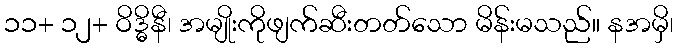
၁၁+ ၁၂+ ဝိဒ္ဓိနီ၊ အမျိုးကိုဖျက်ဆီးတတ်သော မိန်းမသည်။ နအမှိ၊